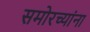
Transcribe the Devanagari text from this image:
समोरच्यांना